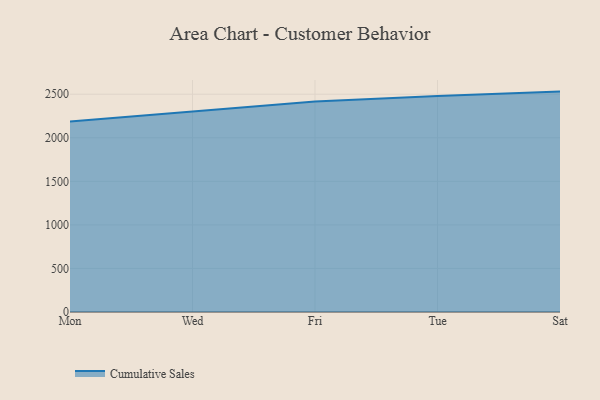
{"axis": {"x": "Day", "y": "Latency (ms)"}, "legend": ["Cumulative Sales"], "data": [{"x": "Mon", "y": 2186.2, "type": "Cumulative Sales"}, {"x": "Wed", "y": 2304.2, "type": "Cumulative Sales"}, {"x": "Fri", "y": 2416.7, "type": "Cumulative Sales"}, {"x": "Tue", "y": 2478.4, "type": "Cumulative Sales"}, {"x": "Sat", "y": 2530.2, "type": "Cumulative Sales"}]}